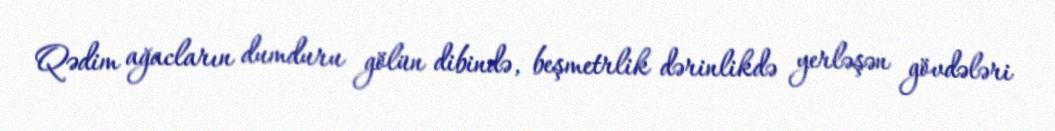
Qədim ağacların dumduru gölün dibində, beşmetrlik dərinlikdə yerləşən gövdələri